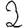
Digit: 2